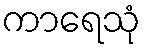
ကာရေသုံ